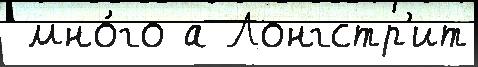
 мно́го а Лонгстр'ит